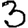
Digit: 3